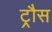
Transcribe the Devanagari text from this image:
ट्रौस